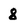
Character: 8